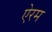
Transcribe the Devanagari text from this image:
ऐरम